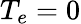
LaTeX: T_{e}=0